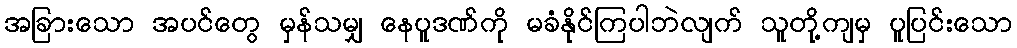
အခြားသော အပင်တွေ မှန်သမျှ နေပူဒဏ်ကို မခံနိုင်ကြပါဘဲလျက် သူတို့ကျမှ ပူပြင်းသော